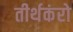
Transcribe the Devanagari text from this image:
तीर्थकंरो